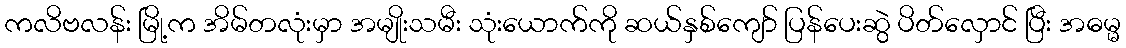
ကလိဗလန်း မြို့က အိမ်တလုံးမှာ အမျိုးသမီး သုံးယောက်ကို ဆယ်နှစ်ကျော် ပြန်ပေးဆွဲ ပိတ်လှောင် ပြီး အဓမ္မ